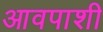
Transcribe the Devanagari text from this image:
आवपाशी